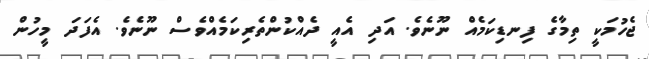
ޖެހުމަކީ ތިމާގެ ފިނޑިކަމެއް ނޫނެވެ. އަދި އެއީ ދެއްކުންތެރިކަމެއްވެސް ނޫނެވެ. އެފަދަ މީހުން